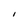
Character: I